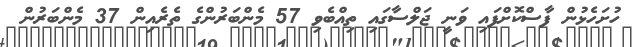
ހުށަހެޅުން ފާސްކޮށްފައި ވަނީ ޖަލްސާގައި ތިއްބެވި 57 މެންބަރުންގެ ތެރެއިން 37 މެންބަރުން